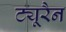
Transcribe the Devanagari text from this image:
ट्यूरैन